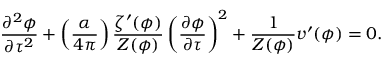
\frac { \partial ^ { 2 } \phi } { \partial \tau ^ { 2 } } + \left( \frac { \alpha } { 4 \pi } \right) \frac { \zeta ^ { \prime } ( \phi ) } { Z ( \phi ) } \left( \frac { \partial \phi } { \partial \tau } \right) ^ { 2 } + \frac { 1 } { Z ( \phi ) } v ^ { \prime } ( \phi ) = 0 .